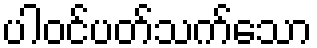
ပါဝင်ပတ်သက်သော